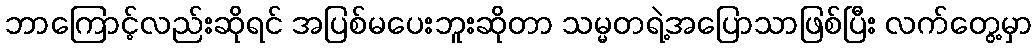
ဘာကြောင့်လည်းဆိုရင် အပြစ်မပေးဘူးဆိုတာ သမ္မတရဲ့အပြောသာဖြစ်ပြီး လက်တွေ့မှာ